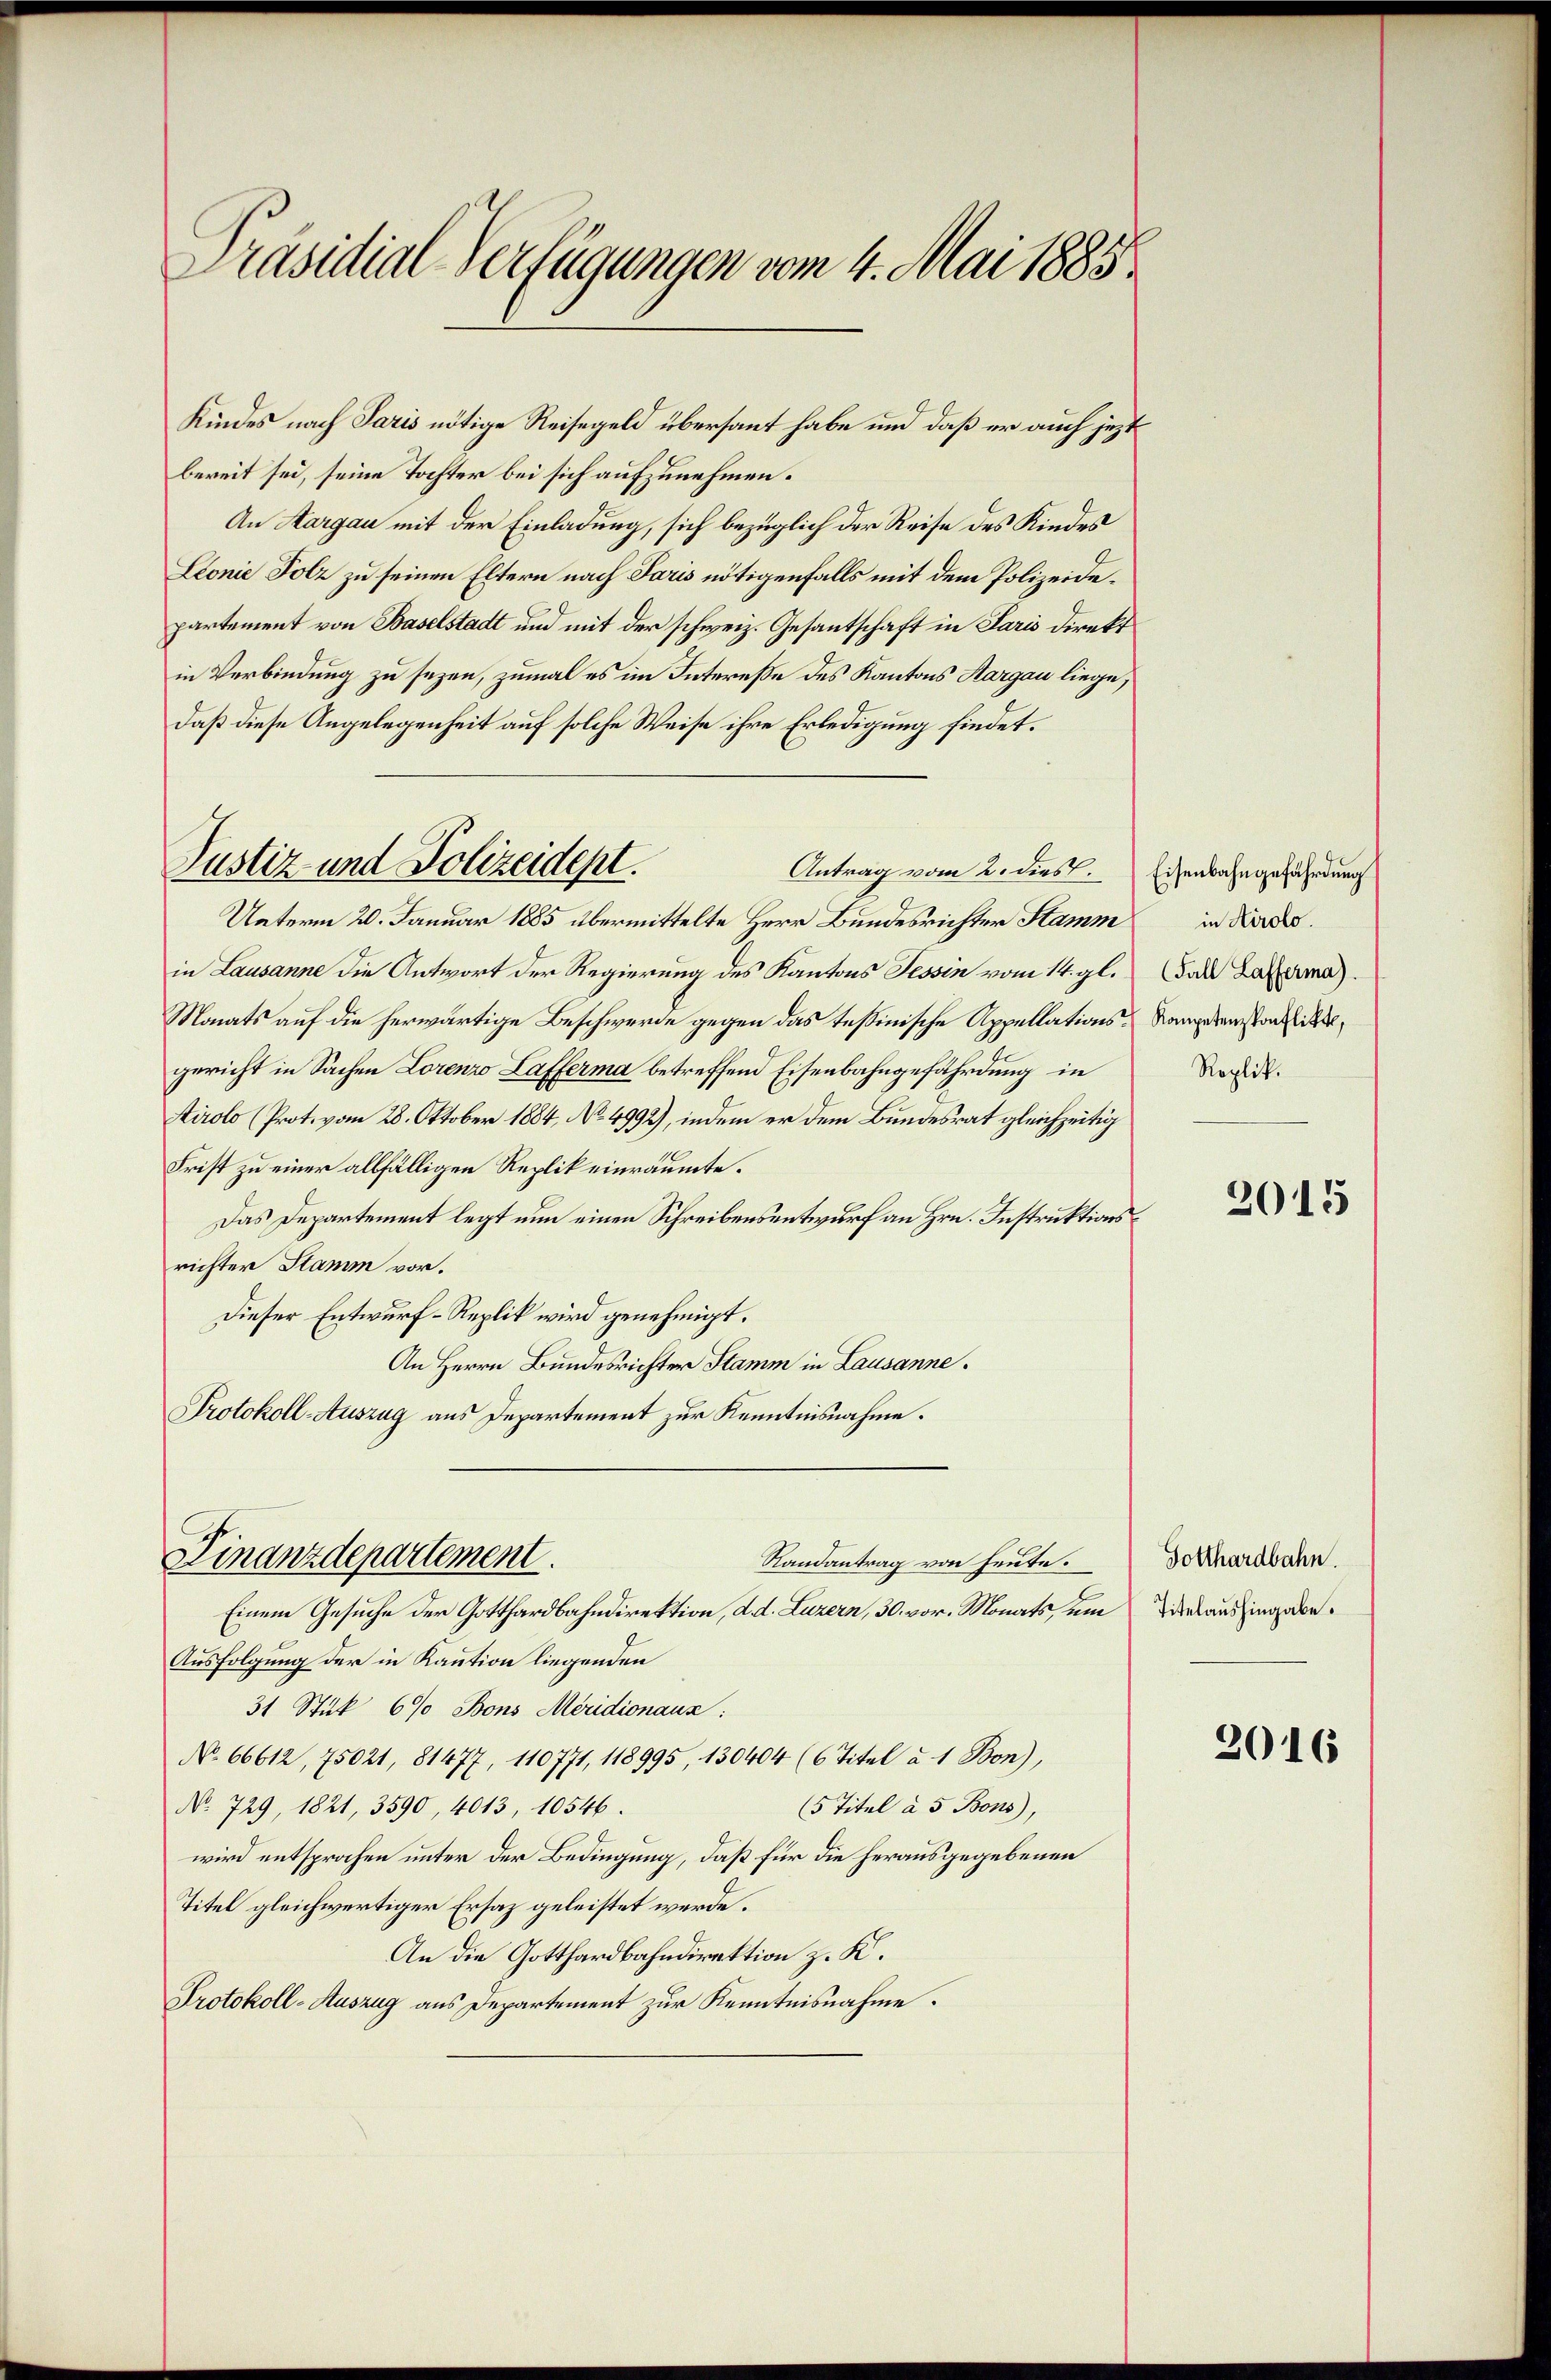
Präsidial-Verfügungen vom 4. Mai 1885

Kindes nach Paris nötige Reisegeld übersaut habe und daß er auch jezt
bereit sei, seine Tochter bei sich aufzunehmen.
An Aargau mit der Einladung, sich bezüglich der Reise des Kindes
Lionie Folz zu seinen Eltern nach Paris nötigenfalls mit dem Polizeidepartement von Baselstadt und mit der schweiz. Gesantschaft in Paris Direkt
in Verbindung zu sezen, zumal es im Intereße des Kantons Aargau liege,
daß diese Angelegenheit auf solche Weise ihre Erledigung findet.
Unterm 20. Januar 1885 übermittelte Herr Bundesrichter Stamm
in Lausanne die Antwort der Regierung des Kantons Tessin vom 14. gl.
Monats auf die herwärtige Beschwerde gegen das Teßinische Appellationsgericht in Sachen Lorenzo Lafferma betreffend Eisenbahngefährdung in
Airolo (Protovom 28. Oktober 1884, No 4992), indem er dem Bundesrat gleichzeitig
Frist zu einer allfälligen Replik einräumte.
Das Departement legt nun einen Schreibensentwurf an Hrn. Instruktionsrichter Stamm vor.
Dieser Entwurf-Replik wird genehmigt.
An Herrn Bundesrichter Stamm in Lausanne.
Protokoll-Auszug aus Departement zur Kenntnisnahme.

Justiz und Polizeidept.

Finanzdepartement.
Randantrag von heute.

Antrag vom 2. dies Eisenbahngefährdung

Einem Gesuche der Gotthardbahndirektion, d. d. Luzern, 30. vor. Monats, um
Ausfolgung der in Kaution liegenden
31 Stük 6% Bons Meridionaux:
No. 66612, 75021, 81477, 110771, 118995, 130404 (6 Titel à 1 Bon),
No 729, 1821, 3590, 4013, 10546.
(5 Titel à 5 Bons),
wird entsprochen unter der Bedingung, daß für die herausgegebenen
Titel gleichwertiger Ersaz geleistet werde.
An die Gotthardbahndirektion z. K.
Protokoll-Auszug aus Departement zur Kenntnisnahme.

in Airolo.
(Fall Lafferma).
Kompetenzkonflikt,
Roplik.

2015

Gotthardbahn.
Titelaushingabe.

2016